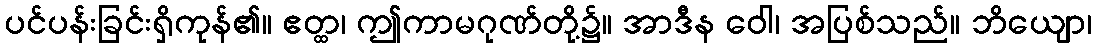
ပင်ပန်းခြင်းရှိကုန်၏။ ဧတ္ထ၊ ဤကာမဂုဏ်တို့၌။ အာဒီန ဝေါ၊ အပြစ်သည်။ ဘိယျော၊